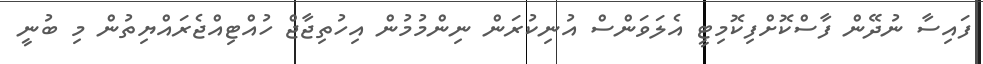
ފައިސާ ނުދޭން ފާސްކޮށްފިކޮމިޓީ އެލަވަންސް އުނިކުރަން ނިންމުމުން އިހުތިޖާޖް ހުއްޓިއްޖެރައްޔިތުން މި ބުނީ